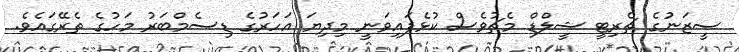
ސީޒަނުގެ ޗެރިޓީ ޝީލްޑް މެޗުވެސް ކުޅެފައިވަނީ މިދިޔަ އަހަރުގެ ޑިސެމްބަރު މަހުގެ ތެރޭގައެވެ.